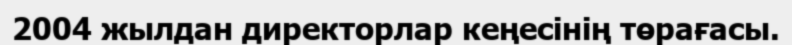
2004 жылдан директорлар кеңесінің төрағасы.